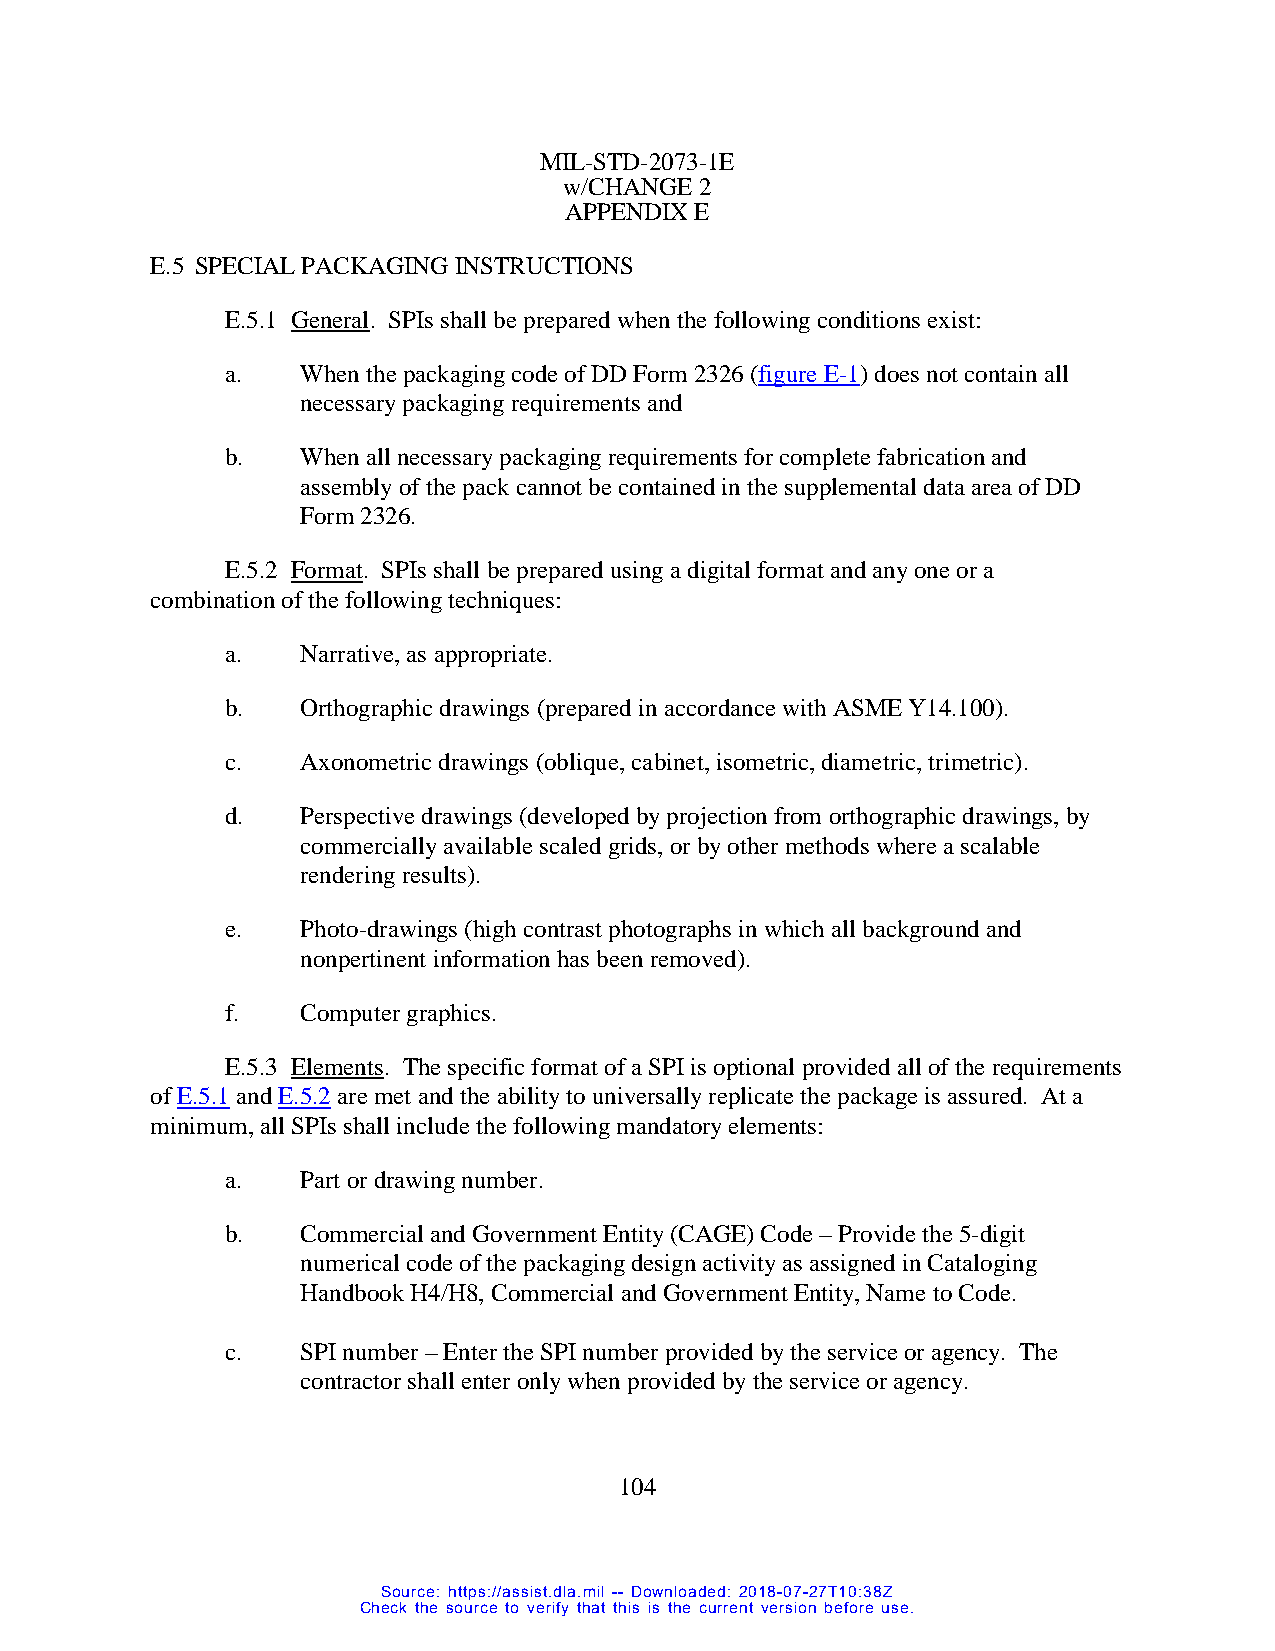
MIL-STD-2073-1E
 w/CHANGE 2
 APPENDIX E
 E.5 SPECIAL PACKAGING INSTRUCTIONS
 E.5.1 General. SPIs shall be prepared when the following conditions exist:
 a.   When the packaging code of DD Form 2326 (figure E-1) does not contain all
 necessary packaging requirements and
 b.   When all necessary packaging requirements for complete fabrication and
 assembly of the pack cannot be contained in the supplemental data area of DD
 Form 2326.
 E.5.2 Format. SPIs shall be prepared using a digital format and any one or a
 combination of the following techniques:
 a.   Narrative, as appropriate.
 b.   Orthographic drawings (prepared in accordance with ASME Y14.100).
 c.   Axonometric drawings (oblique, cabinet, isometric, diametric, trimetric).
 d.   Perspective drawings (developed by projection from orthographic drawings, by
 commercially available scaled grids, or by other methods where a scalable
 rendering results).
 e.   Photo-drawings (high contrast photographs in which all background and
 nonpertinent information has been removed).
 f.   Computer graphics.
 E.5.3 Elements. The specific format of a SPI is optional provided all of the requirements
 of E.5.1 and E.5.2 are met and the ability to universally replicate the package is assured. At a
 minimum, all SPIs shall include the following mandatory elements:
 a.   Part or drawing number.
 b.   Commercial and Government Entity (CAGE) Code – Provide the 5-digit
 numerical code of the packaging design activity as assigned in Cataloging
 Handbook H4/H8, Commercial and Government Entity, Name to Code.
 c.   SPI number – Enter the SPI number provided by the service or agency. The
 contractor shall enter only when provided by the service or agency.
 104
 Source: https://assist.dla.mil -- Downloaded: 2018-07-27T10:38Z
 Check the source to verify that this is the current version before use.